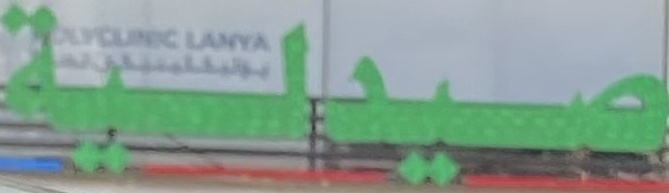
صیدلیة